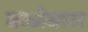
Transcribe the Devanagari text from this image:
बज्जेबाज